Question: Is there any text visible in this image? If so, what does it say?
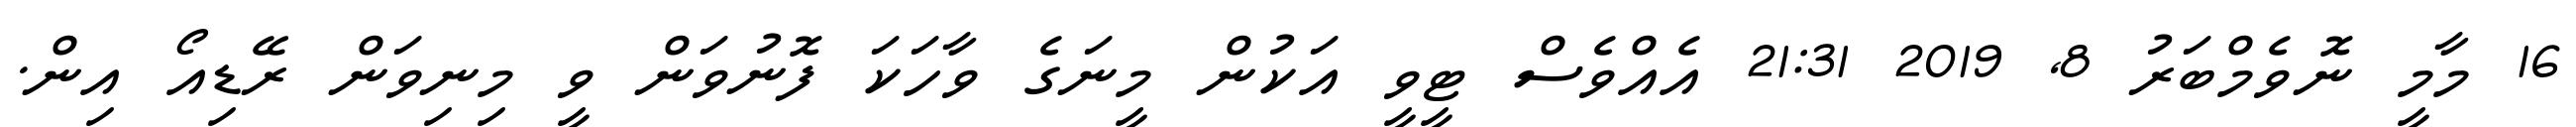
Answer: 16 މާމީ ނޮވެމްބަރު 8, 2019 21:31 އެއްވެސް ޓީވީ އަކުން މީނަގެ ވާހަކަ ފޮނުވަން ވީ މިނިވަން ރޭޑިއޯ އިން.